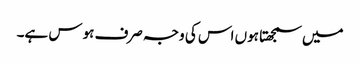
میں سمجھتا ہوں اس کی وجہ صرف ہوس ہے۔